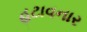
હટાવનાર